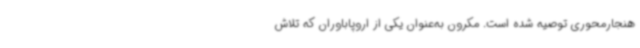
هنجارمحوری توصیه شده است. مکرون به‌عنوان یکی از اروپاباوران که تلاش